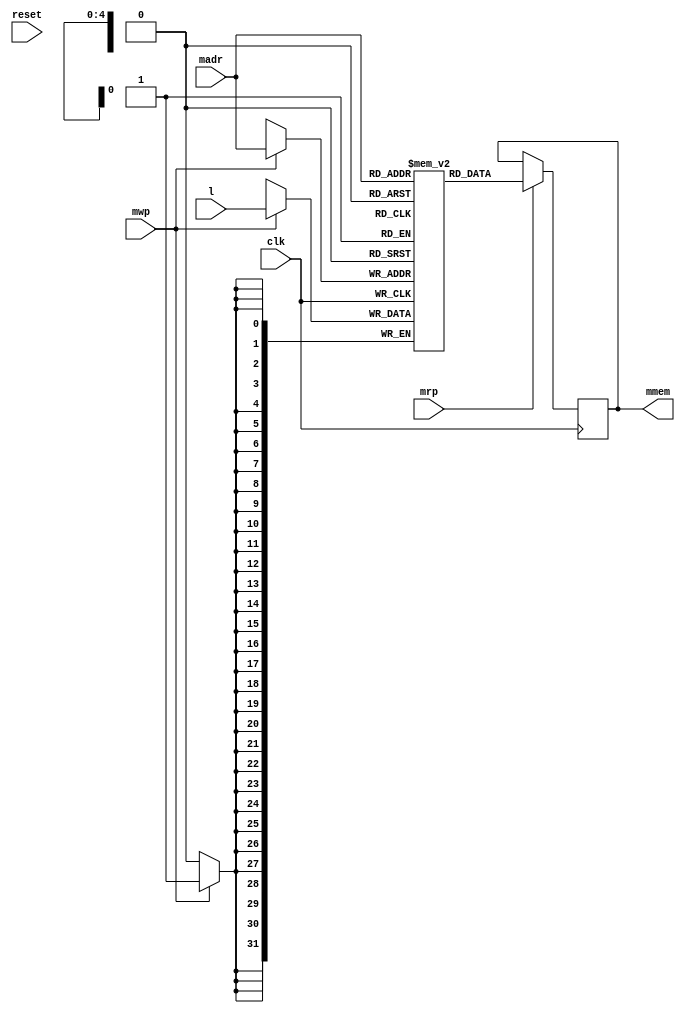
// MMEM --- M MEMORY
//
// ---!!! Add description.
//
// History:
//
//   (20YY-MM-DD HH:mm:ss BRAD) Converted to Verilog.
//	???: Nets added.
//	???: Nets removed.
//   (1978-02-03 04:39:58 TK) Initial.

`timescale 1ns/1ps
`default_nettype none

module MMEM(/*AUTOARG*/
   // Outputs
   mmem,
   // Inputs
   clk, reset, l, madr, mrp, mwp
   );

   input clk;
   input reset;

   input [31:0] l;
   input [4:0] madr;
   input mrp;
   input mwp;
   output [31:0] mmem;

   ////////////////////////////////////////////////////////////////////////////////

   localparam ADDR_WIDTH = 5;
   localparam DATA_WIDTH = 32;
   localparam MEM_DEPTH = 32;

   ////////////////////////////////////////////////////////////////////////////////

`ifdef ISE
   wire ena_a = mrp | 1'b0;
   wire ena_b = 1'b0 | mwp;

   ise_MMEM inst
     (
      .clka(clk),
      .ena(ena_a),
      .wea(1'b0),
      .addra(madr),
      .dina(32'b0),
      .douta(mmem),
      .clkb(clk),
      .enb(ena_b),
      .web(mwp),
      .addrb(madr),
      .dinb(l),
      .doutb()
      /*AUTOINST*/);
		
`elsif SIMULATION
	reg [31:0] ram [0:31];
   reg [31:0] out_a;
   reg [31:0] out_b;

   assign mmem = out_a;


   always @(posedge clk)
     if (1'b0) begin
	ram[madr] <= 32'b0;
     end else if (mwp) begin
	ram[madr] <= l;
     end

   always @(posedge clk)
     if (reset)
       out_a <= 0;
     else if (mrp) begin
	out_a <= ram[madr];
     end

   always @(posedge clk)
     if (reset)
       out_b <= 0;
     else if (1'b0) begin
	out_b <= ram[madr];
     end
`else // ALTERA

	reg [31:0] ram [0:31];
   reg [31:0] out_a;
   
   assign mmem = out_a;
	initial out_a = 0;

   always @(posedge clk) begin
		if (mwp) begin
			ram[madr] <= l;
		end
	end
	
	always @(posedge clk) begin
		if (mrp) begin
			out_a <= ram[madr];
		end
	end

`endif

endmodule

`default_nettype wire

// Local Variables:
// verilog-library-directories: (".." "../cores/xilinx")
// End: